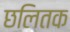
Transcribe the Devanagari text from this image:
छलितक